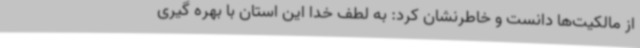
از مالکیت‌ها دانست و خاطرنشان کرد: به لطف خدا این استان با بهره گیری